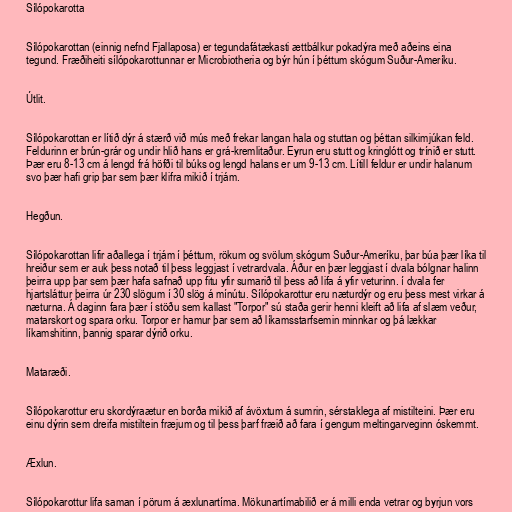
Sílópokarotta

Sílópokarottan (einnig nefnd Fjallaposa) er tegundafátækasti ættbálkur pokadýra með aðeins eina
tegund. Fræðiheiti sílópokarottunnar er Microbiotheria og býr hún í þéttum skógum Suður-Ameríku.

Útlit.

Sílópokarottan er lítið dýr á stærð við mús með frekar langan hala og stuttan og þéttan silkimjúkan feld.
Feldurinn er brún-grár og undir hlið hans er grá-kremlitaður. Eyrun eru stutt og kringlótt og trínið er stutt.
Þær eru 8-13 cm á lengd frá höfði til búks og lengd halans er um 9-13 cm. Lítill feldur er undir halanum
svo þær hafi grip þar sem þær klifra mikið í trjám.

Hegðun.

Sílópokarottan lifir aðallega í trjám í þéttum, rökum og svölum skógum Suður-Ameríku, þar búa þær líka til
hreiður sem er auk þess notað til þess leggjast í vetrardvala. Áður en þær leggjast í dvala bólgnar halinn
þeirra upp þar sem þær hafa safnað upp fitu yfir sumarið til þess að lifa á yfir veturinn. í dvala fer
hjartsláttur þeirra úr 230 slögum í 30 slög á mínútu. Sílópokarottur eru næturdýr og eru þess mest virkar á
næturna. Á daginn fara þær í stöðu sem kallast "Torpor" sú staða gerir henni kleift að lifa af slæm veður,
matarskort og spara orku. Torpor er hamur þar sem að líkamsstarfsemin minnkar og þá lækkar
líkamshitinn, þannig sparar dýrið orku.

Mataræði.

Sílópokarottur eru skordýraætur en borða mikið af ávöxtum á sumrin, sérstaklega af mistilteini. Þær eru
einu dýrin sem dreifa mistiltein fræjum og til þess þarf fræið að fara í gengum meltingarveginn óskemmt.

Æxlun.

Sílópokarottur lifa saman í pörum á æxlunartíma. Mökunartímabilið er á milli enda vetrar og byrjun vors